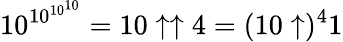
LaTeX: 10^{10^{10^{10}}}=10\uparrow\uparrow 4=(10\uparrow)^{4}1